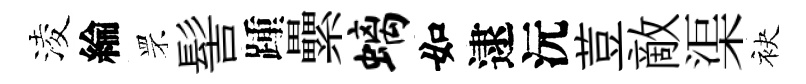
淩綸罘髻踵纍螭如逮沅荳敵渠袂